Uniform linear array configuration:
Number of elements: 16
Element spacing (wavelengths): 1
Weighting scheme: uniform
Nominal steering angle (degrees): -60
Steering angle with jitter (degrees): -60.15
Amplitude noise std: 0.05
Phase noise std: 0.05

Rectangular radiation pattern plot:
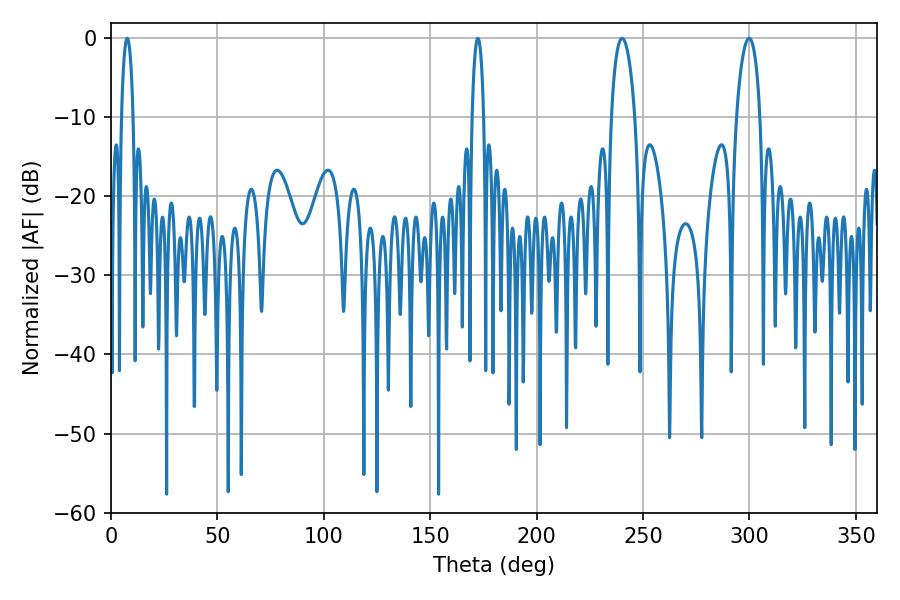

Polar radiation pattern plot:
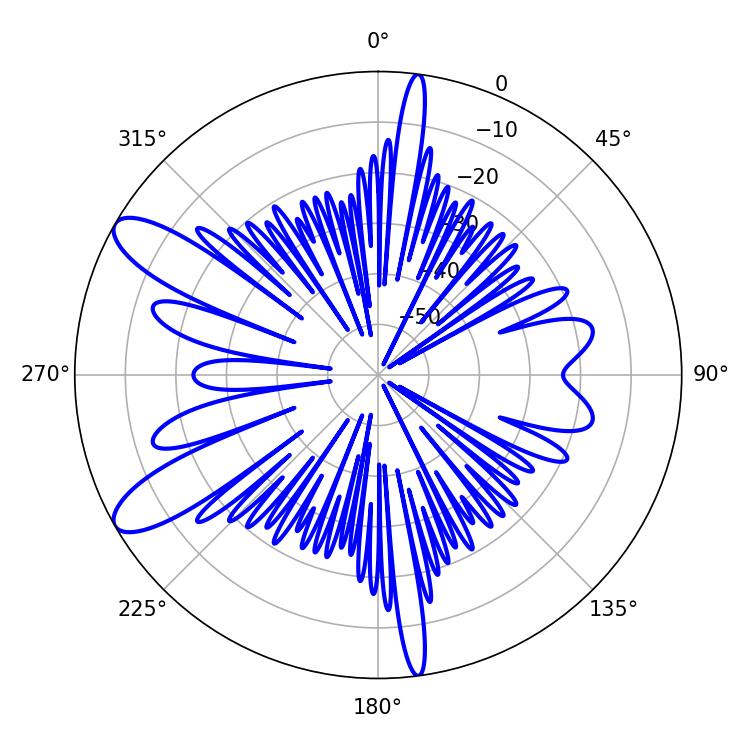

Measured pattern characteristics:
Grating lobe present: TRUE
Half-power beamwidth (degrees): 6.3
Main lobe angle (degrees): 240.12